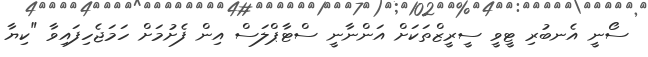
ސޯނީ އެނބުރި ޓީވީ ސީރީޒްތަކަށް އަންނާނީ ސްޓާޕްލަސް އިން ފެށުމަށް ހަމަޖެހިފައިވާ "ކިޔާ